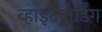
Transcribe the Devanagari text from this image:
व्हाइटबोर्डिंग